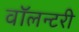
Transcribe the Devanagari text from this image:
वॉलन्टरी